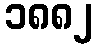
၁၈၈၂